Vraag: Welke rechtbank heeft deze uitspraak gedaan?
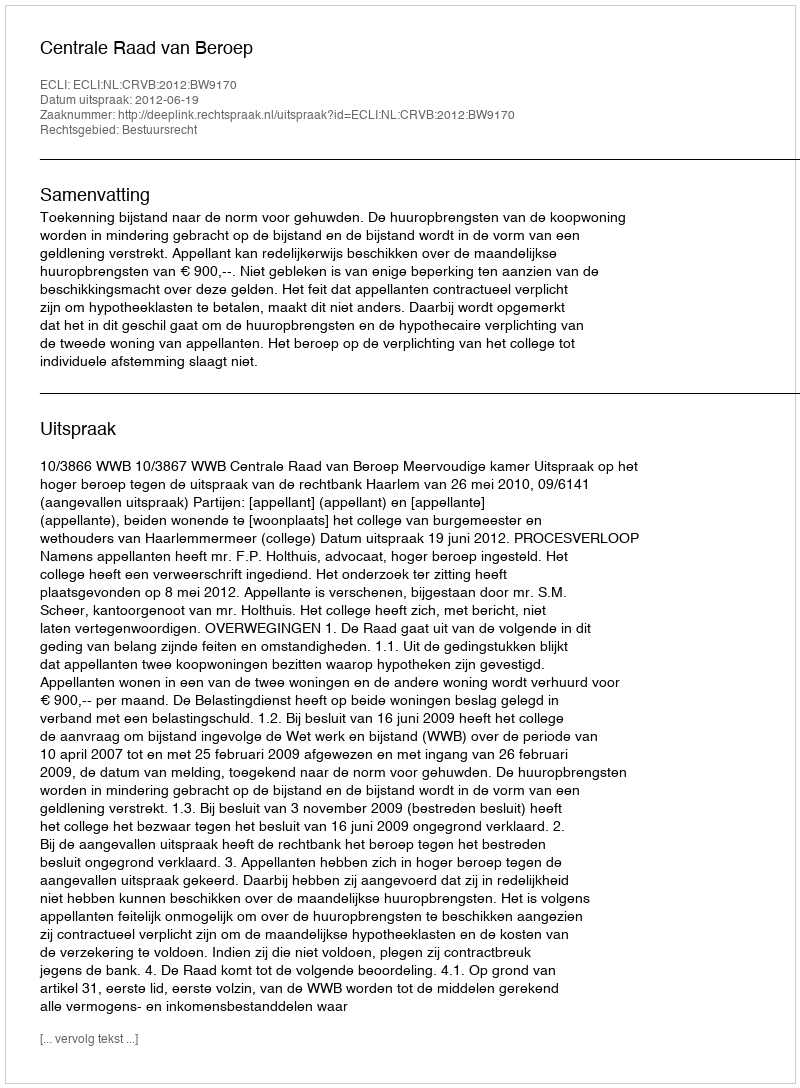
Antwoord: Centrale Raad van Beroep